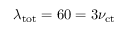
\lambda _ { \mathrm { t o t } } = 6 0 = 3 \nu _ { \mathrm { c t } }